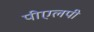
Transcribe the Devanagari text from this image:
पीएलपी